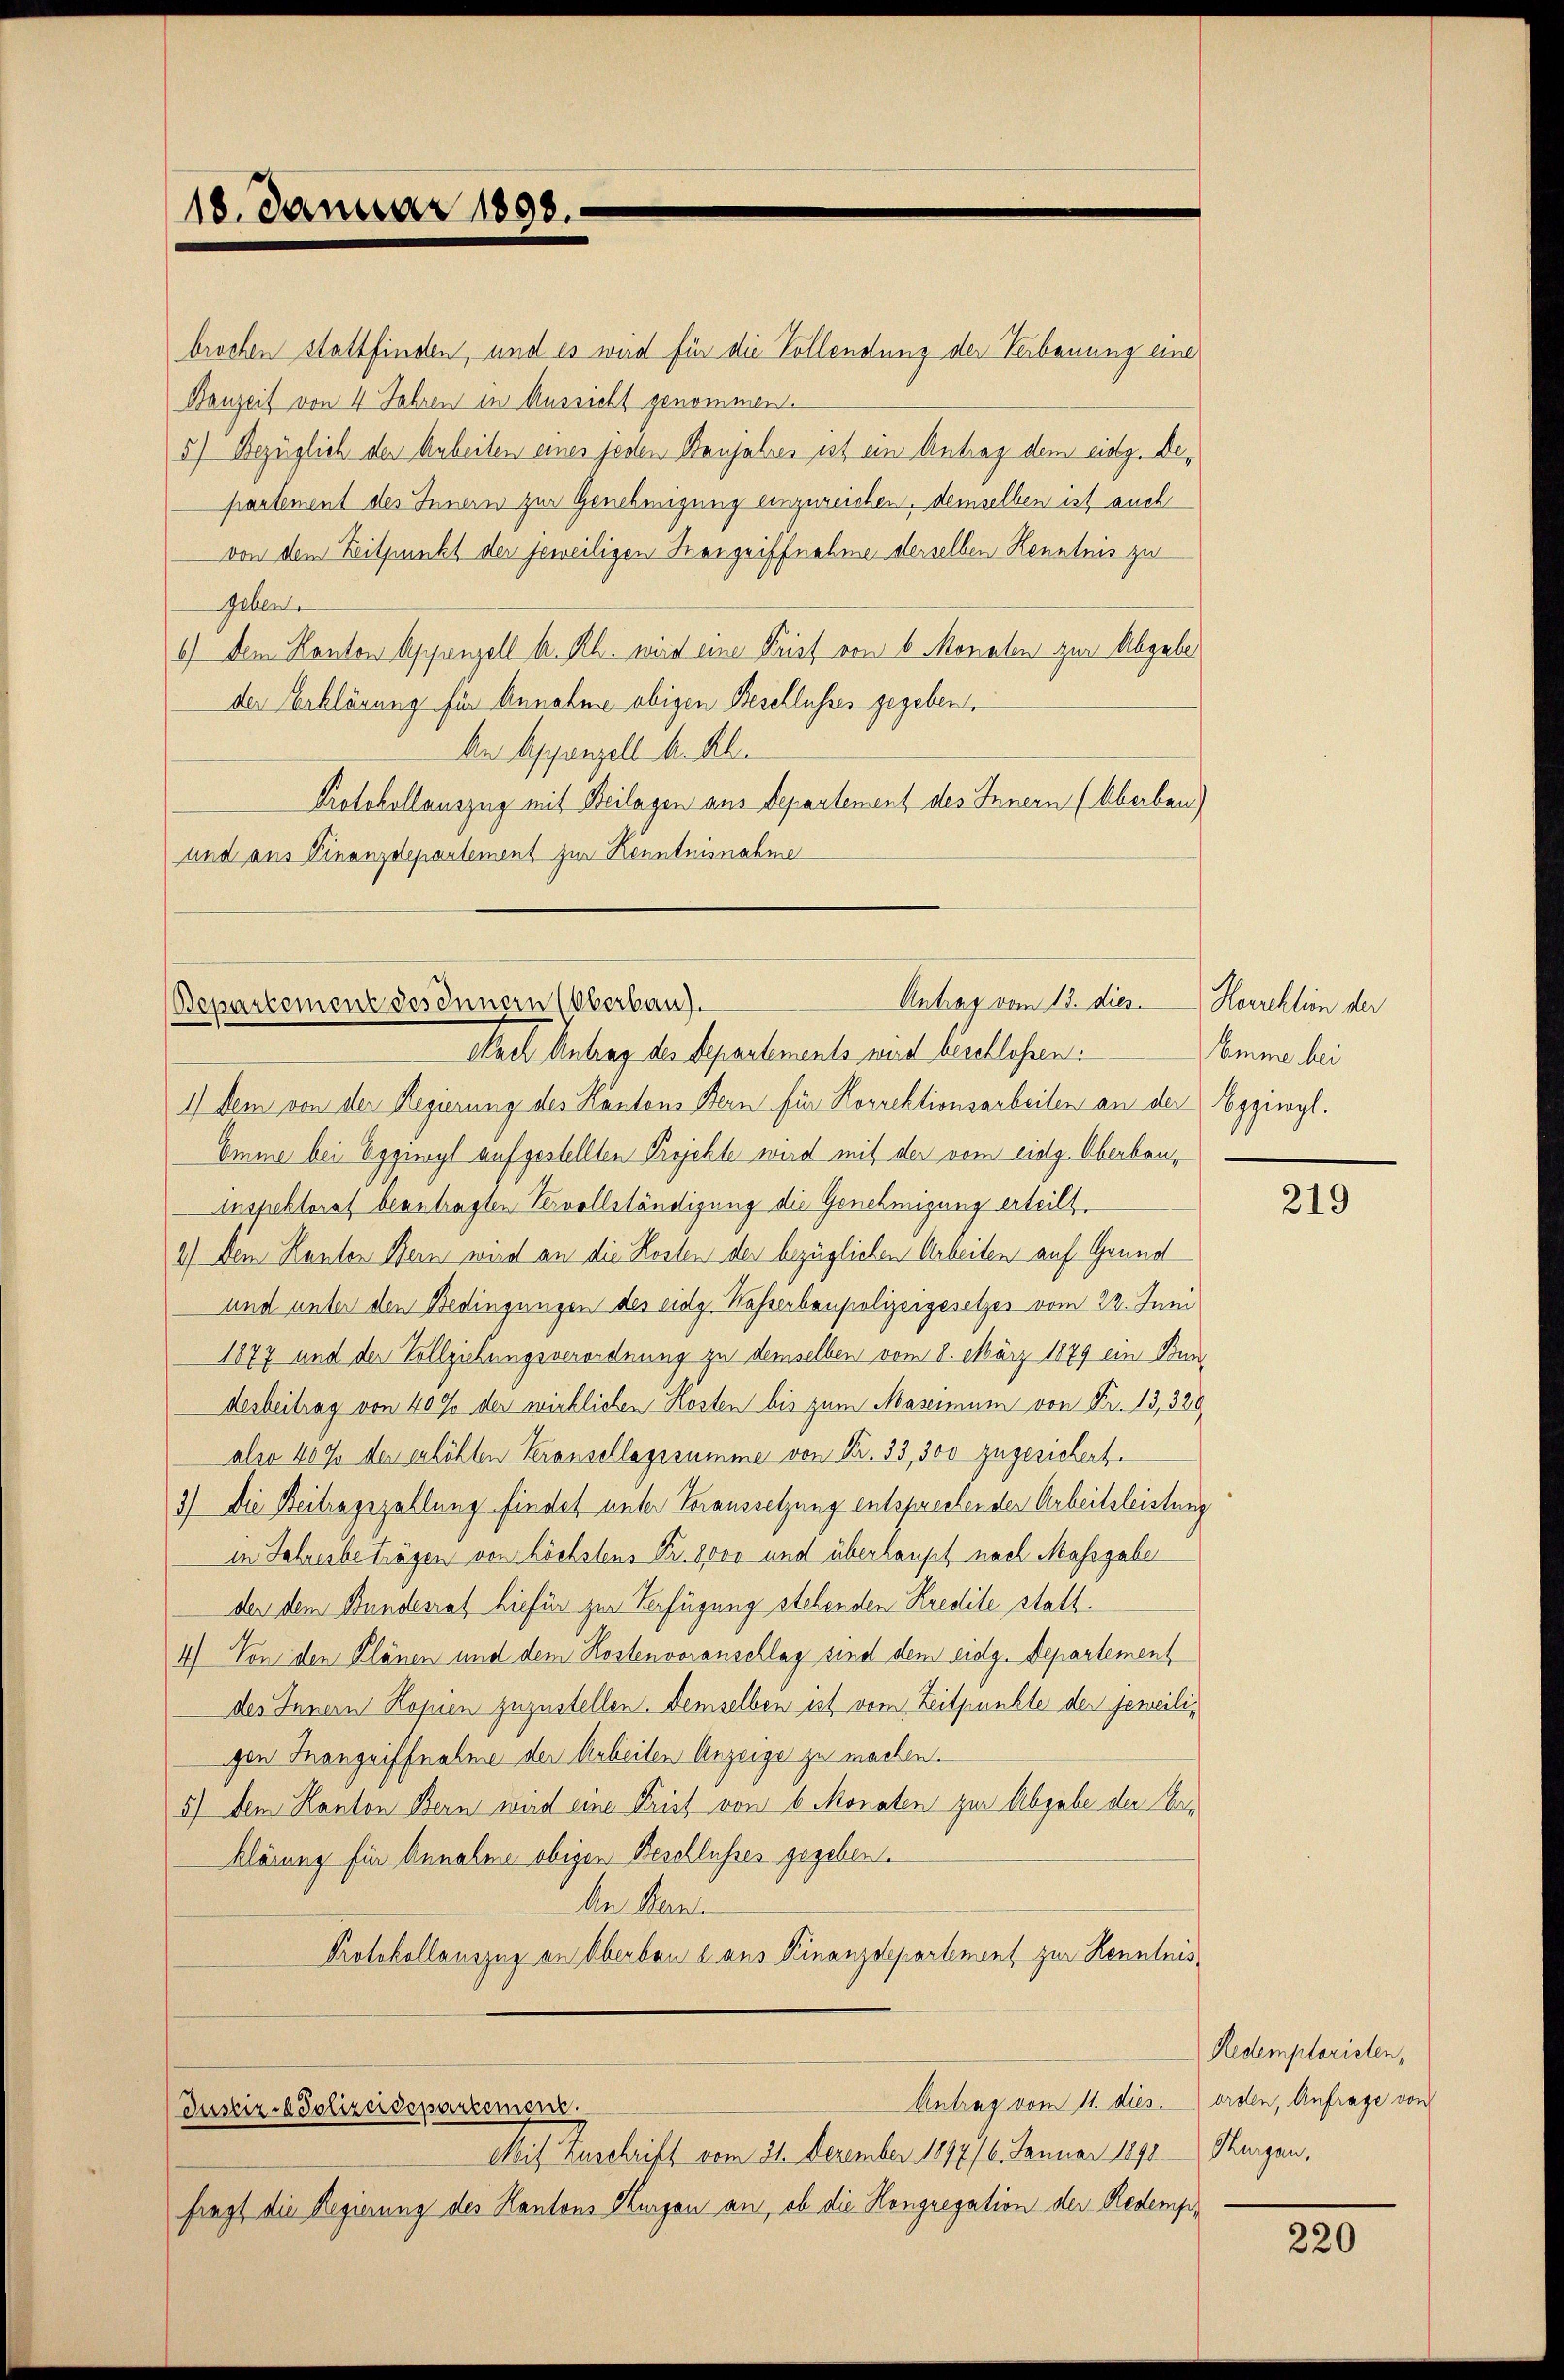
18. Januar 1898.

brochen stattfinden, und es wird für die Vollendung der Verbauung eine
Bauzeit von 4 Jahren in Aussicht genommen.
5) Bezüglich der Arbeiten eines jenen Banjahres ist ein Antrag dem eidg. Departement des Innern zur Genehmigung einzureichen, demselben ist auch
von dem Zeitpunkt der jeweiligen Hangriffnahme derselben Kenntnis zu
Gebente
6) dem Kanton Appenzell A. Rh. wird eine Brief von 6 Monaten zur Abgebe
der Erklärung für Annahme obigen Beschlusses gegeben.
An Appenzell A. R.
Protokollauszug mit Beilagen aus Departement des Innern (kberben)
und aus Finanzdepartement zur Kenntnisnahme

1) Dem von der Regierung des Kantons Bern für Korrektionsarbeiten an der Eggiwyl.
Emme bei Eggwyl aufgestellten Projekte wird mit der vom eidg. Oberbau¬
Inspektorat beantragten Vervollständigung die Genehmigung erteilt.
2.) Dem Hauten Bern wird an die Kosten der bezüglichen Arbeiten auf Grund
und unter den Bedingungen des eidg. Wasserbaupolizeigesetzes vom 22. Juni
1877 und der Vollziehungsverordnung zu demselben vom 8. März 1879 ein Bundesbeitrag von 40% der wirklichen Kosten bis zum Masennium von Fr. 13, 328
alse 400 der erhöhten Veranschlagssumme von Nr. 33, 300 zugesichert.
3) Die Beitragszahlung findet unter Voraussetzung entsprechender Arbeitsleistung
in Jahresbeträgen von höchstens Fr. 8000 und überhaupt nach Massgabe
der dem Bundesrat hiefür zur Verfügung stehenden Kredite statt.
4) Von den Plänen und dem Kostenvoranschlag sind dem eidg. Departement
des Innern Kopien zuzustellen demselben ist vom Zeitpunkte der jeweiligen Inangriffnahme der Arbeiten Anzeige zu machen.
5) dem Kanton Bern wird eine Frist von 6 Monaten zur Abgabe der beklärung für Annahme obigen Beschlusses gegeben.
An Bern.
Protokollauszug an Oberben l. aus Finanzdepartement zur Kenntnis¬

Antrag vom 13. dies. Korrektion der
Bepartement des Innern (Oberbau).
chael Antrag der Separtements wird beschlossen:

Justiz- & Polizeidepartement.

Antrag vom 11. dies.

Alles Zuschrift vom 31. Dezember 1817/6. Januar 1890.
fragt die Regierung des Kantons Thurgau an, ob die Kongregation der Redemp¬

Amme bei

219

Redemploristen,
orden, Anfrage von
Ringen,

220